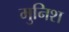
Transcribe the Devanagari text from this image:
मुनिश